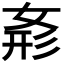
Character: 𭑾